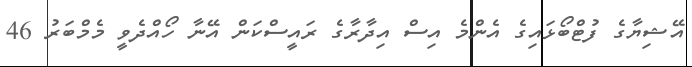
އޭޝިޔާގެ ފުޓްބޯޅައިގެ އެންމެ އިސް އިދާރާގެ ރައީސްކަން އޭނާ ހޯއްދެވީ މެމްބަރު 46